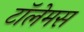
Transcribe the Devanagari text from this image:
टॉलेमस